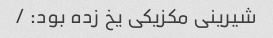
شیرینی مکزیکی یخ زده بود: /